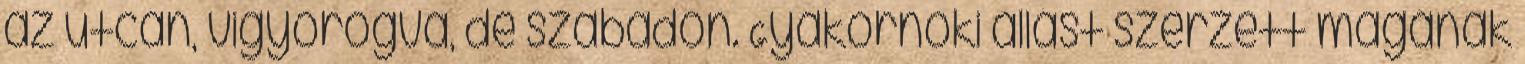
az utcán, vigyorogva, de szabadon. Gyakornoki állást szerzett magának